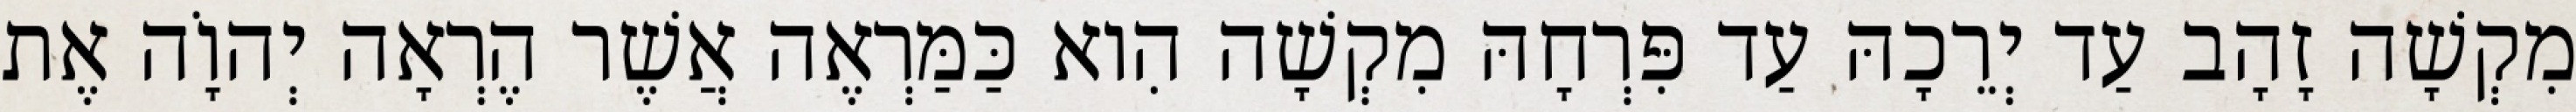
מִקְשָׁה זָהָב עַד יְרֵכָהּ עַד פִּרְחָהּ מִקְשָׁה הִוא כַּמַּרְאֶה אֲשֶׁר הֶרְאָה יְהוָֹה אֶת